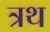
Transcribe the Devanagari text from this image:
त्रथ